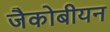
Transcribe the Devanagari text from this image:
जैकोबीयन